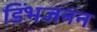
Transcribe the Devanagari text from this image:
डिंभजनन